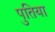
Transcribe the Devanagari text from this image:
पुतिया